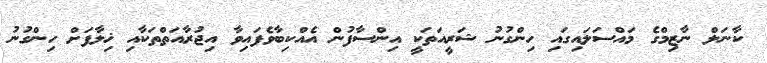
ކާނަލް ނާޒިމްގެ މައްސަލައިގައި ހިންގުނު ޝަރީއަތަކީ އިންސާފުން އެއްކިބާވެފައިވާ އިޖުރާއަތްތަކާއި ޚިލާފަށް ހިންގުނު